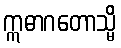
ဣဓာဂတောသ္မိ